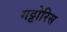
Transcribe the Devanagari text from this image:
गट्टोरिस